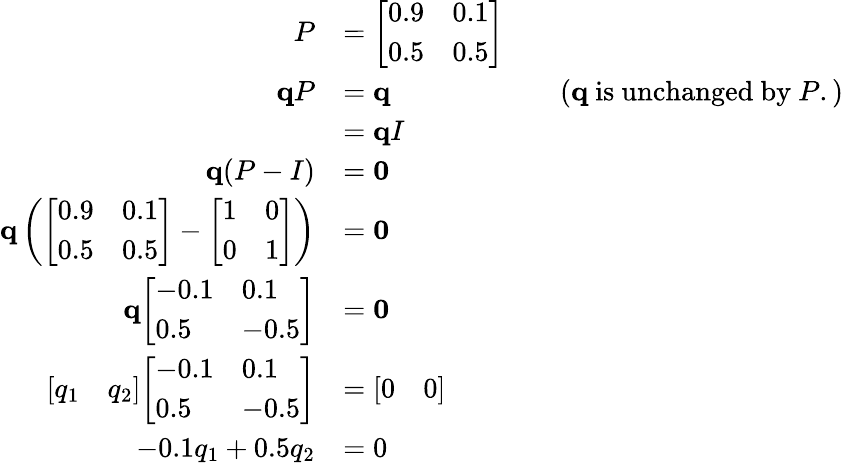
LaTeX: {\begin{array}{rlrl}{P}&{={\left[\begin{array}{ll}{0.9}&{0.1}\\ {0.5}&{0.5}\end{array}\right]}}\\ {\mathbf{q}P}&{=\mathbf{q}}&&{{\mathrm{(}}\mathbf{q}{\mathrm{~is~unchanged~by~}}P{\mathrm{.)}}}\\ &{=\mathbf{q}I}\\ {\mathbf{q}(P-I)}&{=\mathbf{0}}\\ {\mathbf{q}\left({\left[\begin{array}{ll}{0.9}&{0.1}\\ {0.5}&{0.5}\end{array}\right]}-{\left[\begin{array}{ll}{1}&{0}\\ {0}&{1}\end{array}\right]}\right)}&{=\mathbf{0}}\\ {\mathbf{q}{\left[\begin{array}{ll}{-0.1}&{0.1}\\ {0.5}&{-0.5}\end{array}\right]}}&{=\mathbf{0}}\\ {{\left[\begin{array}{ll}{q_{1}}&{q_{2}}\end{array}\right]}{\left[\begin{array}{ll}{-0.1}&{0.1}\\ {0.5}&{-0.5}\end{array}\right]}}&{={\left[\begin{array}{ll}{0}&{0}\end{array}\right]}}\\ {-0.1q_{1}+0.5q_{2}}&{=0}\end{array}}